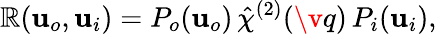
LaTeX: \mathbb{R}(\mathbf{{u}}_{o},\mathbf{{u}}_{i})=P_{o}(\mathbf{{u}}_{o})\, \hat{{\chi}}^{(2)}(\v{q})\, P_{i}(\mathbf{{u}}_{i}),